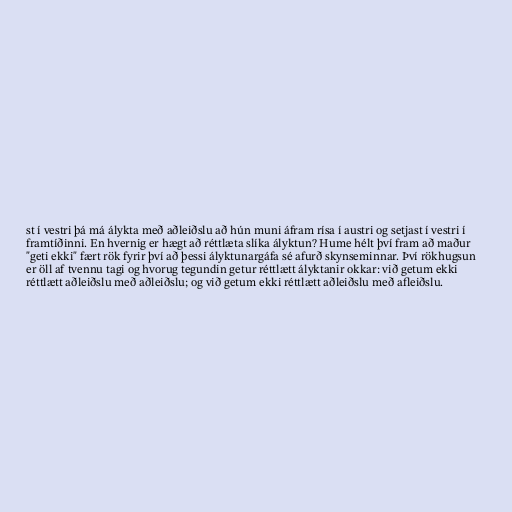
st í vestri þá má álykta með aðleiðslu að hún muni áfram rísa í austri og setjast í vestri í
framtíðinni. En hvernig er hægt að réttlæta slíka ályktun? Hume hélt því fram að maður
"geti ekki" fært rök fyrir því að þessi ályktunargáfa sé afurð skynseminnar. Því rökhugsun
er öll af tvennu tagi og hvorug tegundin getur réttlætt ályktanir okkar: við getum ekki
réttlætt aðleiðslu með aðleiðslu; og við getum ekki réttlætt aðleiðslu með afleiðslu.